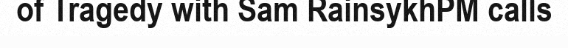
of Tragedy with Sam RainsykhPM calls